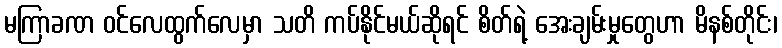
မကြာခဏ ဝင်လေထွက်လေမှာ သတိ ကပ်နိုင်မယ်ဆိုရင် စိတ်ရဲ့ အေးချမ်းမှုတွေဟာ မိနစ်တိုင်း၊